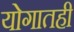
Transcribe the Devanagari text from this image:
योगातही